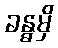
ခန္ဓမှိ